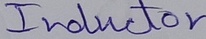
Text: Inductor